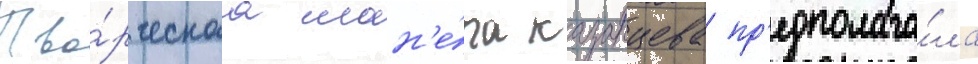
Тво́рческаа ман'е́ра казанцева пр'едполага́ла